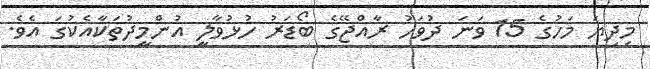
މިދިޔަ މަހުގެ 15 ވަނަ ދުވަހު ރާއްޖޭގެ ބޯޑަރު ހުޅުވާލީ އުންމީދުތަކާއެކުގަ އެވެ.